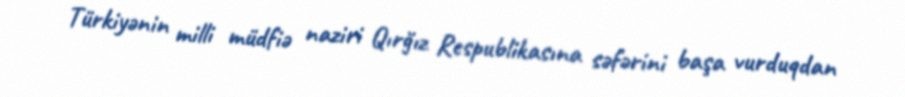
Türkiyənin milli müdfiə naziri Qırğız Respublikasına səfərini başa vurduqdan